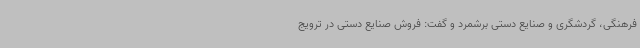
فرهنگی، گردشگری و صنایع دستی برشمرد و گفت: فروش صنایع دستی در ترویج